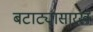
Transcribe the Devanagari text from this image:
बटाट्यासारखे